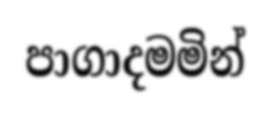
පාගාදමමින්